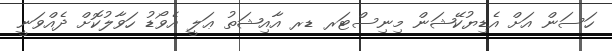
ހަސަން އަށް އެޑިޔުކޭޝަން މިނިސްޓަރ ޑރ އާއިޝަތު ޢަލީ އެވޯޑު ހަވާލުކޮށް ދެއްވަނީ